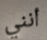
أنني